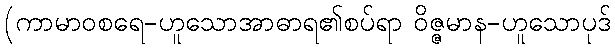
(ကာမာဝစရေ-ဟူသောအာဓာရ၏စပ်ရာ ဝိဇ္ဇမာန-ဟူသောပုဒ်